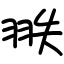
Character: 翐